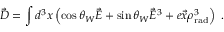
\vec { \cal D } = \int d ^ { 3 } x \left( \cos \theta _ { W } \vec { \cal E } + \sin \theta _ { W } \vec { E } ^ { 3 } + e \vec { x } \rho _ { \mathrm { r a d } } ^ { 3 } \right) \ .